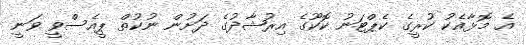
އެ މޮޅާއެކު ކުރީގެ ކެޕްޓަނު ކޮކޫގެ އިރުޝާދުގެ ދަށުން ނުކުތް ޕީއެސްވީ ވަނީ